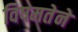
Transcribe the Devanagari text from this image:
विषमतेने